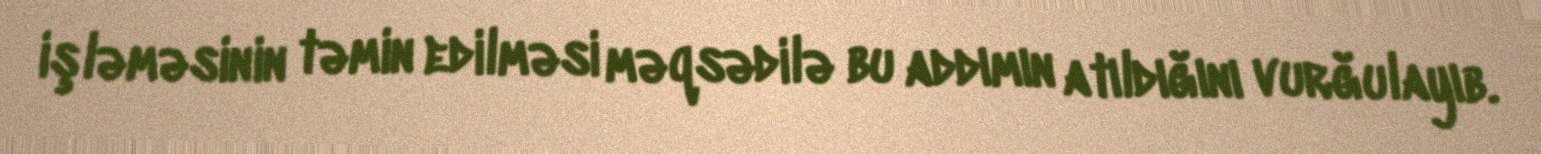
işləməsinin təmin edilməsi məqsədilə bu addımın atıldığını vurğulayıb.